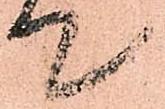
て